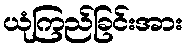
ယုံကြည်ခြင်းအား